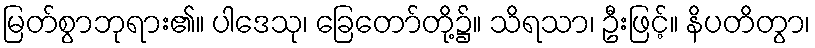
မြတ်စွာဘုရား၏။ ပါဒေသု၊ ခြေတော်တို့၌။ သိရသာ၊ ဦးဖြင့်။ နိပတိတွာ၊